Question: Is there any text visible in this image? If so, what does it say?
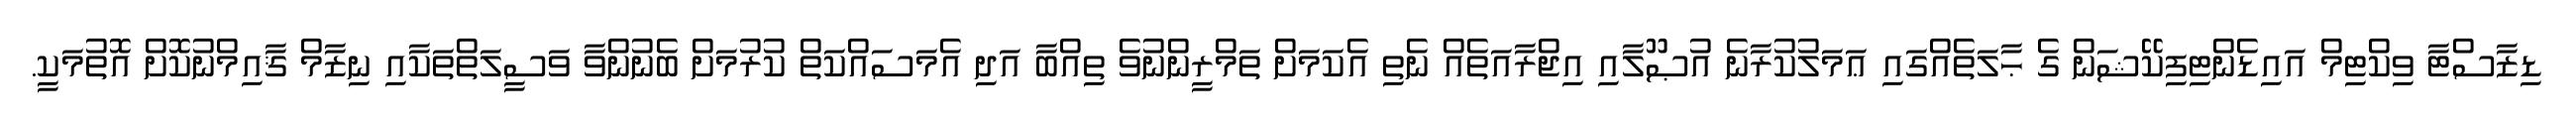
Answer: ޑިޒާސްޓާ ވިކްޓިމް އައިޑެންޓިފިކޭޝަން ގެ ޙާލަތެއްގައި ޢަމަލުކުރާނެ އުޞޫލާއި އިޖްރާއަތެއް ނެތި އެކަމަށް ތަމްރީންނުވެ ތިއްބާ އަދި އެމަސައްކަތް ކުރުމަށް ބެނުންވާ ވަސީލަތްތަކާއި ނިޒާމް ޤާއިމްނުކޮށް އޮތުމަކީ.